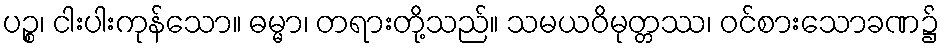
ပဉ္စ၊ ငါးပါးကုန်သော။ ဓမ္မာ၊ တရားတို့သည်။ သမယဝိမုတ္တဿ၊ ဝင်စားသောခဏ၌